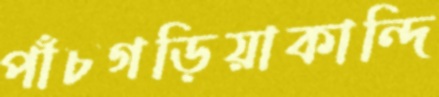
পাঁচগড়িয়াকান্দি